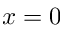
x = 0